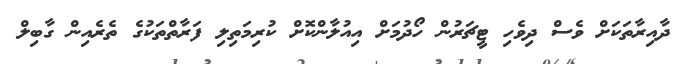
ދާއިރާތަކަށް ވެސް ދިވެހި ޓީޗަރުން ހޯދުމަށް އިއުލާންކޮށް ކުރިމަތިލި ފަރާތްތަކުގެ ތެރެއިން ގާބިލް